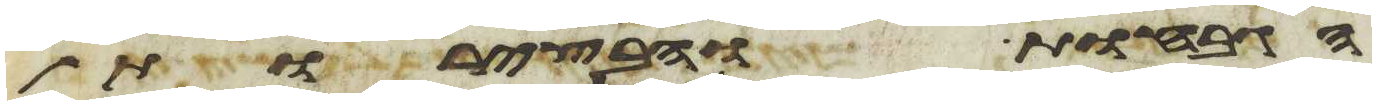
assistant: הגבחות והבצרות